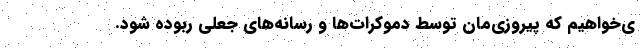
ی‌خواهیم که پیروزی‌مان توسط دموکرات‌ها و رسانه‌های جعلی ربوده شود.